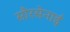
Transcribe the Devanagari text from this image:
सौरसेनाई